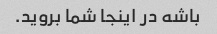
باشه در اینجا شما بروید.